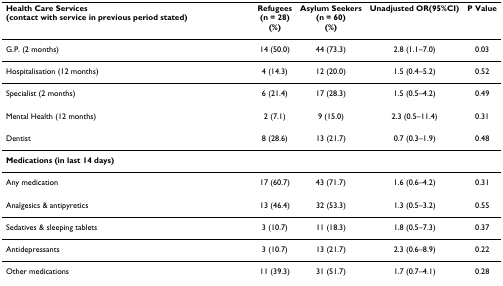
| Health Care Services (contact with service in previous period stated) | Refugees(n = 28)(%) | Asylum Seekers(n = 60)(%) | Unadjusted OR(95%CI) | P Value |
 | --- | --- | --- | --- | --- |
 | G.P. (2 months) | 14 (50.0) | 44 (73.3) | 2.8 (1.1–7.0) | 0.03 |
 | Hospitalisation (12 months) | 4 (14.3) | 12 (20.0) | 1.5 (0.4–5.2) | 0.52 |
 | Specialist (2 months) | 6 (21.4) | 17 (28.3) | 1.5 (0.5–4.2) | 0.49 |
 | Mental Health (12 months) | 2 (7.1) | 9 (15.0) | 2.3 (0.5–11.4) | 0.31 |
 | Dentist | 8 (28.6) | 13 (21.7) | 0.7 (0.3–1.9) | 0.48 |
 | Medications (in last 14 days) |  |  |  |  |
 | Any medication | 17 (60.7) | 43 (71.7) | 1.6 (0.6–4.2) | 0.31 |
 | Analgesics & antipyretics | 13 (46.4) | 32 (53.3) | 1.3 (0.5–3.2) | 0.55 |
 | Sedatives & sleeping tablets | 3 (10.7) | 11 (18.3) | 1.8 (0.5–7.3) | 0.37 |
 | Antidepressants | 3 (10.7) | 13 (21.7) | 2.3 (0.6–8.9) | 0.22 |
 | Other medications | 11 (39.3) | 31 (51.7) | 1.7 (0.7–4.1) | 0.28 |